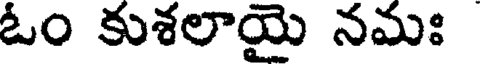
ఓం కుశలాయై నమః